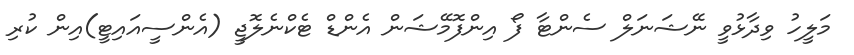
މަލީހު ވިދާޅުވީ ނޭޝަނަލް ސެންޓާ ފޯ އިންފޮމޭޝަން އެންޑް ޓެކްނެލޮޖީ (އެންސީއައިޓީ)އިން ކުރި